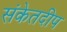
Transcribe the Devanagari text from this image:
संकेतदीप